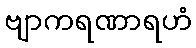
ဗျာကရဏာရဟံ